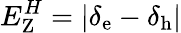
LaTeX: E_{\textrm{Z}}^{H}=|\delta_{\textrm{e}}-\delta_{\textrm{h}}|